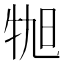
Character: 𪺬